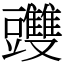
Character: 䝄